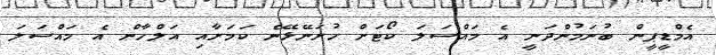
އެމްޑީޕީން ބުނަމުންދަނީ އެ މައްސަލަ ކޯޓަށް ހުށަނޭޅޭނެ ކަމަށާއި އަލްހާން އެ މައްސަލަ